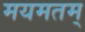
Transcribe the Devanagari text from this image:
मयमतम्